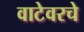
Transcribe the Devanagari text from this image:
वाटेवरचे